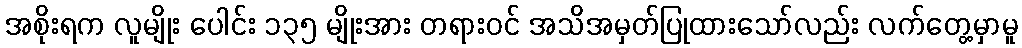
အစိုးရက လူမျိုး ပေါင်း ၁၃၅ မျိုးအား တရားဝင် အသိအမှတ်ပြုထားသော်လည်း လက်တွေ့မှာမူ